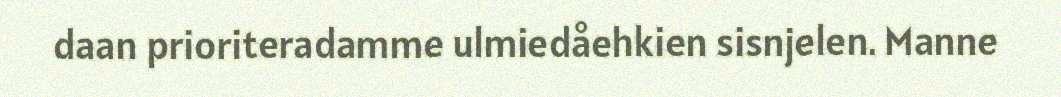
daan prioriteradamme ulmiedåehkien sisnjelen. Manne